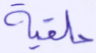
حلقية